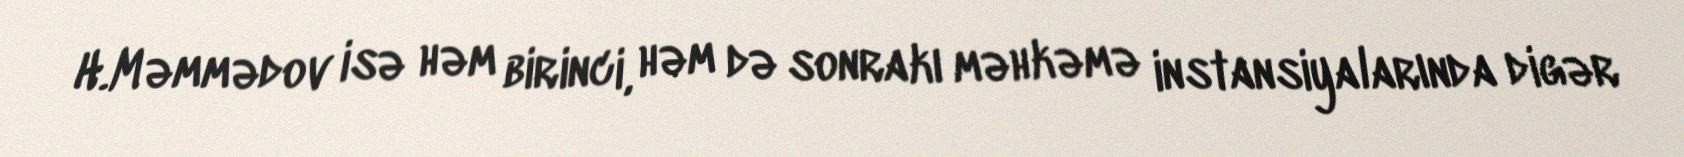
H.Məmmədov isə həm birinci, həm də sonrakı məhkəmə instansiyalarında digər